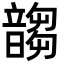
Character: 䪮